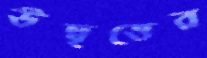
উদ্বৃত্তের